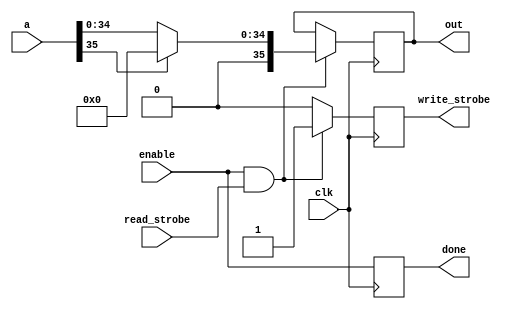
// This program was cloned from: https://github.com/ilaydayaman/CNN_for_SLR
// License: BSD 2-Clause "Simplified" License

`timescale 1ns / 1ps

module RELU2(
input [35:0] a,
input clk,
input enable,
input read_strobe,
output reg [35:0] out,
output reg write_strobe,
output reg done
    );

always@(posedge clk) begin
    done <= enable;
  if (enable && read_strobe) begin
    if (a[35] == 1) begin
      out <= 0;
      write_strobe <= 1;
    end
    else begin
      out <= a;
      write_strobe <= 1;
    end
  end else write_strobe <= 0;
end
endmodule